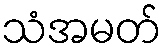
သံအမတ်